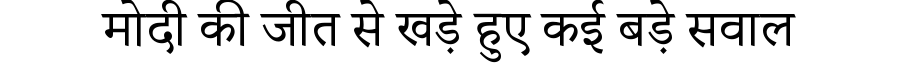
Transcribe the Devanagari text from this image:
मोदी की जीत से खड़े हुए कई बड़े सवाल